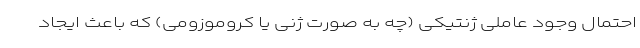
احتمال وجود عاملی ژنتیکی (چه به صورت ژنی یا کروموزومی) که باعث ایجاد